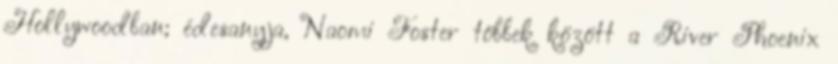
Hollywoodban; édesanyja, Naomi Foster többek között a River Phoenix